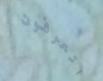
اتعرفون